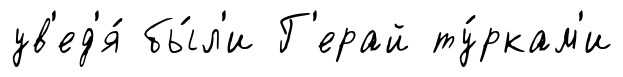
ув'ед'я́ бы́л'и Г'ерай ту́ркам'и